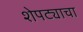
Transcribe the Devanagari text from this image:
शेपट्याचा